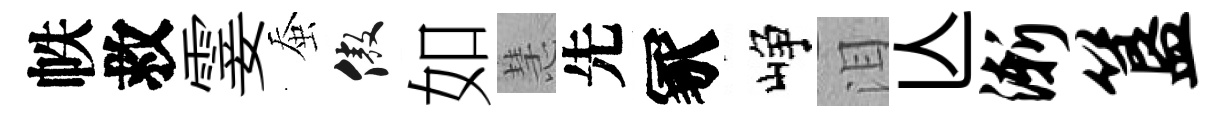
帙救霎蚕傲如慧先冢峥泪亾渐簋